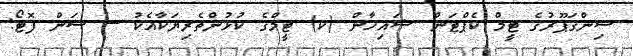
ސިންގަޕޫރުގެ ޓީމް ކެޕްޓަން ޝައިހާން (ކ) ޓީމްގެ ކުޅުންތެރިޔަކާއެކު --- ސަން ފޮޓޯ: